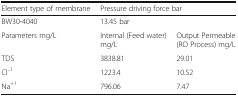
<table><thead><tr><td><b>Element type of membrane</b></td><td colspan="2"><b>Pressure driving force bar</b></td></tr></thead><tbody><tr><td>BW30-4040</td><td colspan="2">13.45 bar</td></tr><tr><td>Parameters mg/L</td><td>Internal (Feed water) mg/L</td><td>Output Permeable (RO Process) mg/L</td></tr><tr><td>TDS</td><td>3838.81</td><td>29.01</td></tr><tr><td>Cl ̄<sup>1</sup></td><td>1223.4</td><td>10.52</td></tr><tr><td>Na<sup>+1</sup></td><td>796.06</td><td>7.47</td></tr></tbody></table>